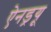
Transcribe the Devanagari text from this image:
ऐनड्रयू